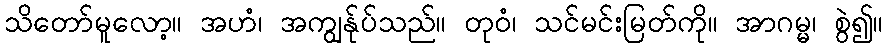
သိတော်မူလော့။ အဟံ၊ အကျွန်ုပ်သည်။ တုဝံ၊ သင်မင်းမြတ်ကို။ အာဂမ္မ၊ စွဲ၍။